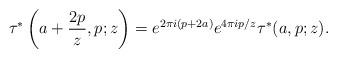
LaTeX: \begin{align*}\tau^{*}\left(a+\frac{2p}{z},p;z\right)=e^{2\pi i (p+2a)}e^{4\pi ip/z}\tau^{*}(a,p;z).\end{align*}